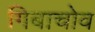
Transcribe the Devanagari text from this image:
गिबाचोव